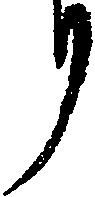
り